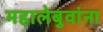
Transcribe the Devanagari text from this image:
महालेबुवांना